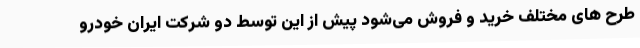
طرح های مختلف خرید و فروش می‌شود پیش از این توسط دو شرکت ایران خودرو